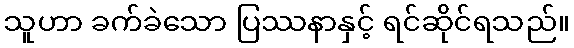
သူဟာ ခက်ခဲသော ပြဿနာနှင့် ရင်ဆိုင်ရသည်။